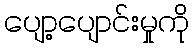
ပျော့ပျောင်းမှုကို